Civil Veterinary Dept. North-West Frontier Province 1901-22 - 1901-1922
Year: 1901
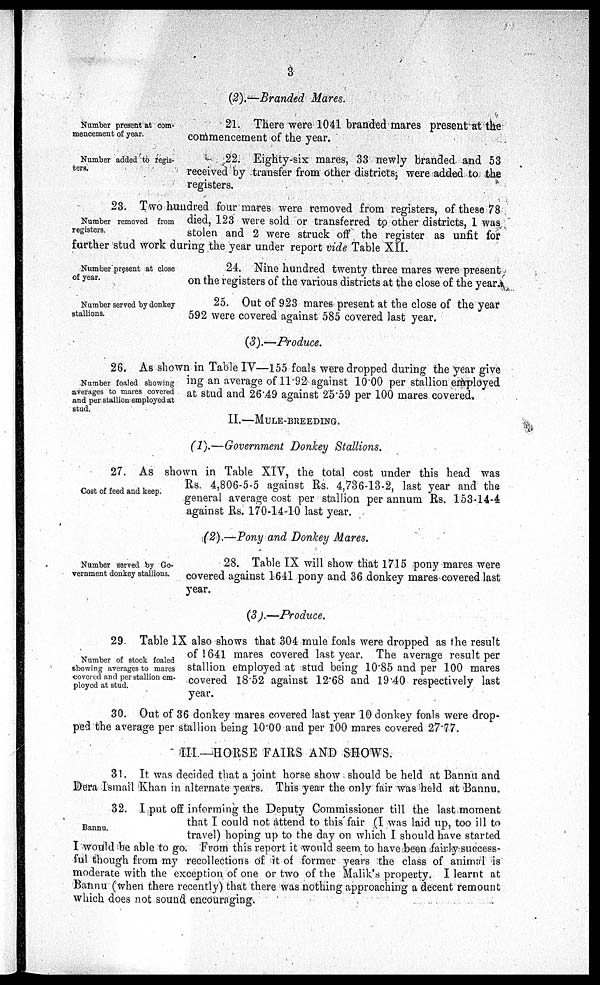
3
(2).—Branded Mares.
Number present at com-
mencement of year.
21. There were 1041 branded mares present at the
commencement of the year.
Number added to regis-
ters.
22. Eighty-six mares, 33 newly branded and 53
received by transfer from other districts, were added to the
registers.
Number removed from
registers.
23. Two hundred four mares were removed from registers, of these 78
died, 123 were sold or transferred to other districts, 1 was
stolen and 2 were struck off the register as unfit for
further stud work during the year under report vide Table XII.
Number present at close
of year.
24. Nine hundred twenty three mares were present
on the registers of the various districts at the close of the year.
Number served by donkey
stallions.
25. Out of 923 mares present at the close of the year
592 were covered against 585 covered last year.
(3).—Produce.
Number foaled showing
averages to mares covered
and per stallion employed at
stud.
26. As shown in Table IV—155 foals were dropped during the year give
ing an average of 11.92 against 10.00 per stallion employed
at stud and 26.49 against 25.59 per 100 mares covered.
II.—MULE-BREEDING.
(1).—Government Donkey Stallions.
Cost of feed and keep.
27. As shown in Table XIV, the total cost under this head was
Rs. 4,806-5-5 against Rs. 4,736-13-2, last year and the
general average cost per stallion per annum Rs. 153-14-4
against Rs. 170-14-10 last year.
(2).—Pony and Donkey Mares.
Number served by Go-
vernment donkey stallions.
28. Table IX will show that 1715 pony mares were
covered against 1641 pony and 36 donkey mares covered last
year.
(3).—Produce.
Number of stock foaled
showing averages to mares
covered and per stallion em-
ployed at stud.
29. Table IX also shows that 304 mule foals were dropped as the result
of 1641 mares covered last year. The average result per
stallion employed at stud being 10.85 and per 100 mares
covered 18.52 against 12.68 and 19.40 respectively last
year.
30. Out of 36 donkey mares covered last year 10 donkey foals were drop-
ped the average per stallion being 10.00 and per 100 mares covered 27.77.
III—HORSE FAIRS AND SHOWS.
31. It was decided that a joint horse show should be held at Bannu and
Dera Ismail Khan in alternate years. This year the only fair was held at Bannu.
Bannu.
32. I put off informing the Deputy Commissioner till the last moment
that I could not attend to this fair (I was laid up, too ill to
travel) hoping up to the day on which I should have started
I would be able to go. From this report it would seem to have been fairly success-
ful though from my recollections of it of former years the class of animal is
moderate with the exception of one or two of the Malik's property. I learnt at
Bannu (when there recently) that there was nothing approaching a decent remount
which does not sound encouraging.